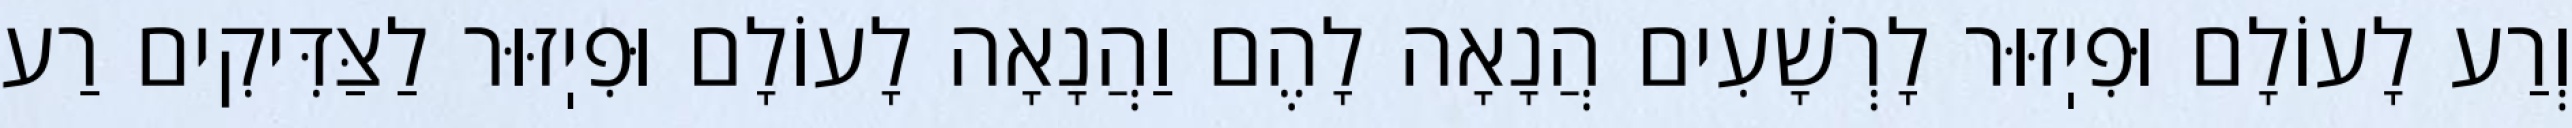
וְרַע לָעוֹלָם וּפִיֽזּוּר לָרְשָׁעִים הֲנָאָה לָהֶם וַהֲנָאָה לָעוֹלָם וּפִיֽזּוּר לַצַּדִּיקִים רַע